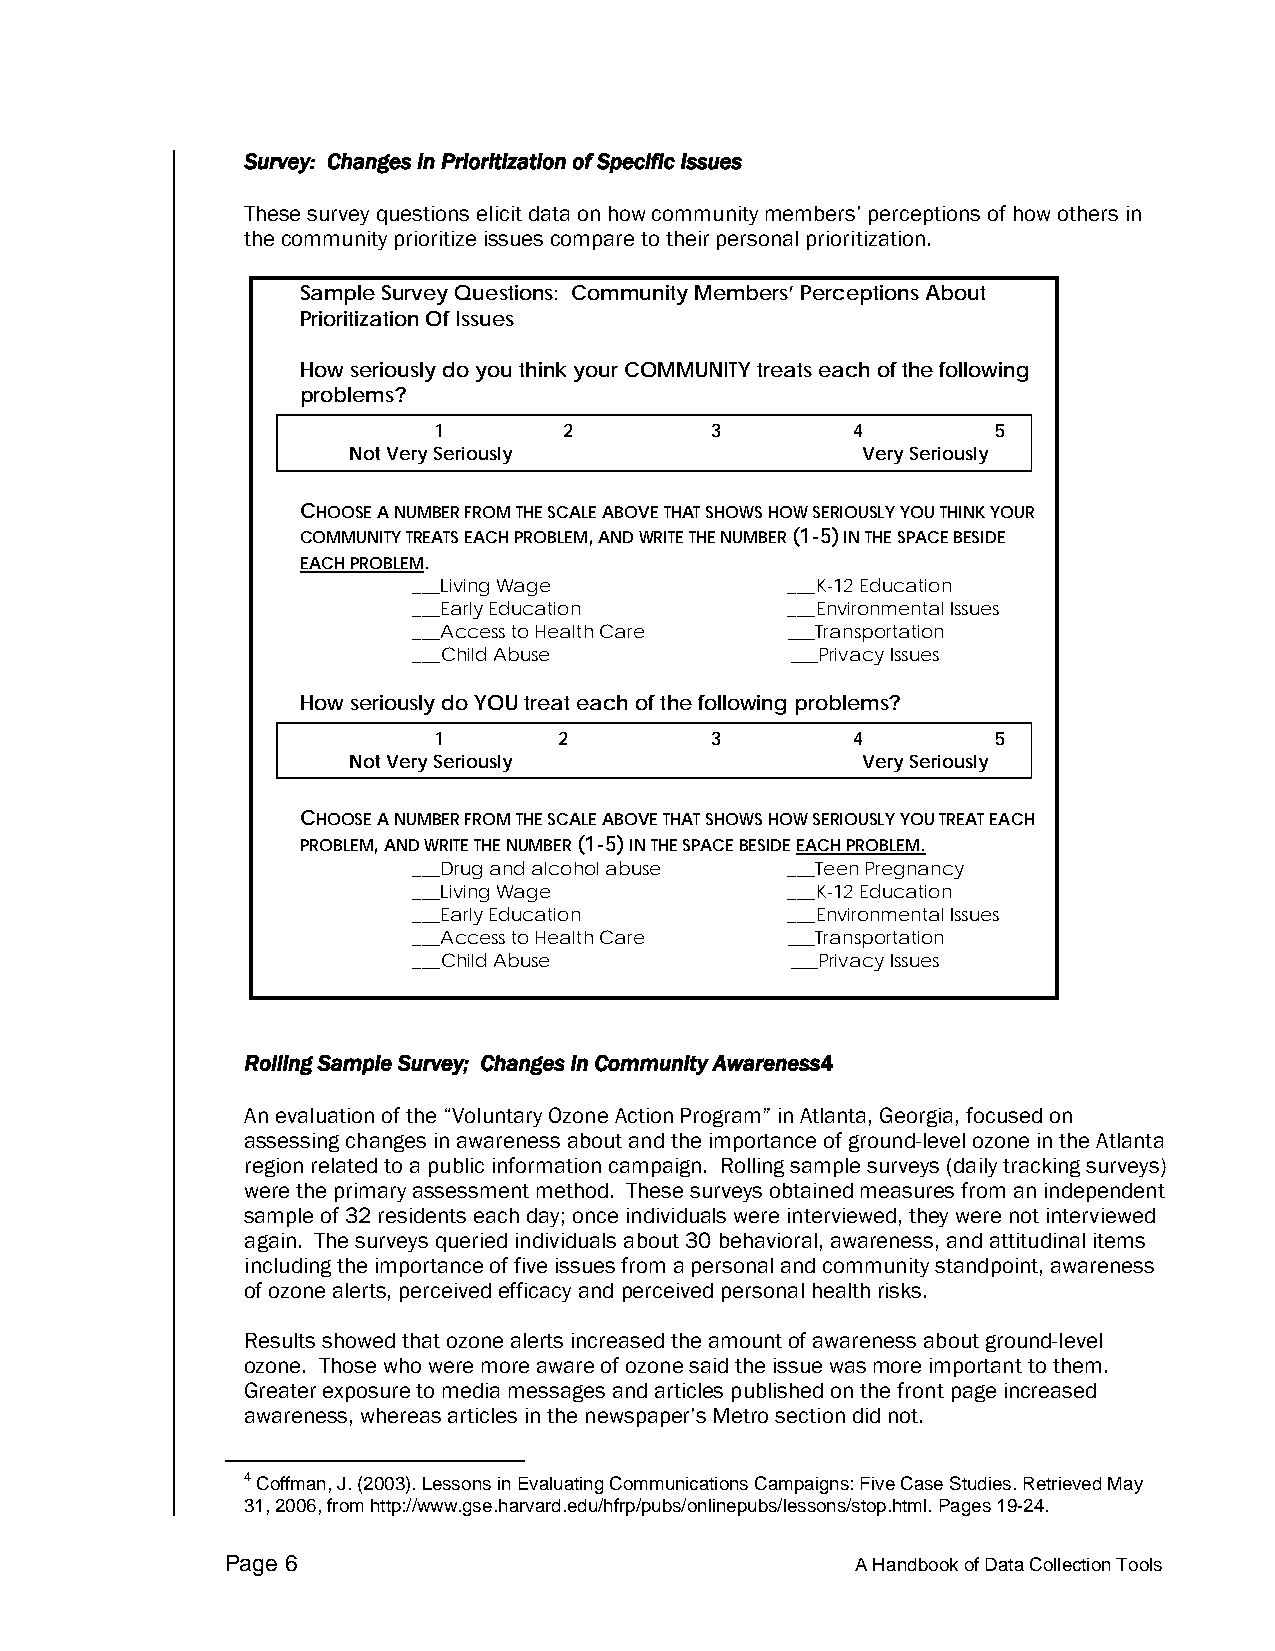
Survey: Changes in Prioritization of Specific Issues
 These survey questions elicit data on how community members’ perceptions of how others in
 the community prioritize issues compare to their personal prioritization.
 Sample Survey Questions: Community Members’ Perceptions About
 Prioritization Of Issues
 How seriously do you think your COMMUNITY treats each of the following
 problems?
 1       2         3        4         5
 Not Very Seriously                Very Seriously
 CHOOSE A NUMBER FROM THE SCALE ABOVE THAT SHOWS HOW SERIOUSLY YOU THINK YOUR
 COMMUNITY TREATS EACH PROBLEM, AND WRITE THE NUMBER (1-5) IN THE SPACE BESIDE
 EACH PROBLEM.
 ___Living Wage           ___K-12 Education
 ___Early Education       ___Environmental Issues
 ___Access to Health Care ___Transportation
 ___Child Abuse           ___Privacy Issues
 How seriously do YOU treat each of the following problems?
 1       2         3        4         5
 Not Very Seriously                Very Seriously
 CHOOSE A NUMBER FROM THE SCALE ABOVE THAT SHOWS HOW SERIOUSLY YOU TREAT EACH
 PROBLEM, AND WRITE THE NUMBER (1-5) IN THE SPACE BESIDE EACH PROBLEM.
 ___Drug and alcohol abuse ___Teen Pregnancy
 ___Living Wage           ___K-12 Education
 ___Early Education       ___Environmental Issues
 ___Access to Health Care ___Transportation
 ___Child Abuse           ___Privacy Issues
 Rolling Sample Survey; Changes in Community Awareness4
 An evaluation of the “Voluntary Ozone Action Program” in Atlanta, Georgia, focused on
 assessing changes in awareness about and the importance of ground-level ozone in the Atlanta
 region related to a public information campaign. Rolling sample surveys (daily tracking surveys)
 were the primary assessment method. These surveys obtained measures from an independent
 sample of 32 residents each day; once individuals were interviewed, they were not interviewed
 again. The surveys queried individuals about 30 behavioral, awareness, and attitudinal items
 including the importance of five issues from a personal and community standpoint, awareness
 of ozone alerts, perceived efficacy and perceived personal health risks.
 Results showed that ozone alerts increased the amount of awareness about ground-level
 ozone. Those who were more aware of ozone said the issue was more important to them.
 Greater exposure to media messages and articles published on the front page increased
 awareness, whereas articles in the newspaper’s Metro section did not.
 4 Coffman, J. (2003). Lessons in Evaluating Communications Campaigns: Five Case Studies. Retrieved May
 31, 2006, from http://www.gse.harvard.edu/hfrp/pubs/onlinepubs/lessons/stop.html. Pages 19-24.
 Page 6                                    A Handbook of Data Collection Tools